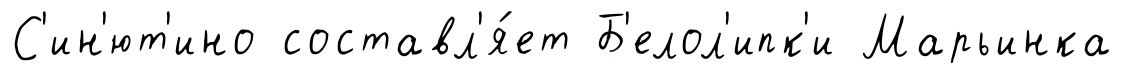
С'ин'ют'ино составл'я́ет Б'елол'ипк'и Марьинка